Madras plague regulations and rules for the city of Madras
Disease focus: Plague
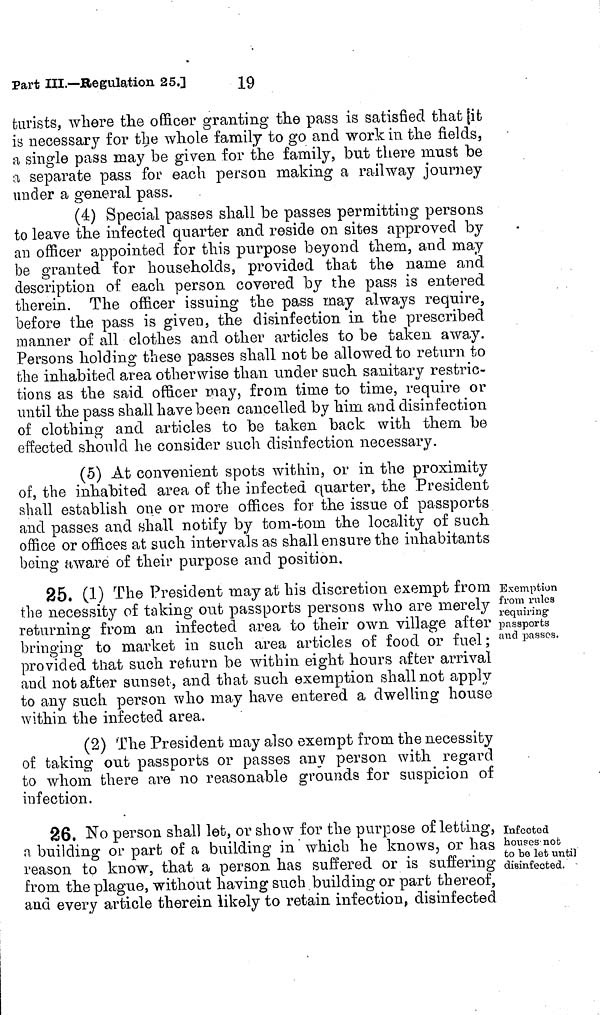
turists, where the officer granting the pass is satisfied that it
is necessary for the whole family to go and work in the fields,
a single pass may be given for the family, but there must be
a separate pass for each person making a railway journey
under a general pass.
(4) Special passes shall be passes permitting persons
to leave the infected quarter and reside on sites approved by
an officer appointed for this purpose beyond them, and may
be granted for households, provided that the name and
description of each person covered by the pass is entered
therein. The officer issuing the pass may always require,
before the pass is given, the disinfection in the prescribed
manner of all clothes and other articles to be taken away.
Persons holding these passes shall not be allowed to return to
the inhabited area otherwise than under such sanitary restric-
tions as the said officer may, from time to time, require or
until the pass shall have been cancelled by him and disinfection
of clothing and articles to be taken back with them, be
effected should he consider such disinfection necessary.
(5) At convenient spots within, or in the proximity
of, the inhabited area of the infected quarter, the President
shall establish one or more offices for the issue of passports
and passes and shall notify by tom-tom the locality of such
office or offices at such intervals as shall ensure the inhabitants
being aware of their purpose and position.
Exemption
from rules
requiring
passports
and passes.
25. (1) The President may at his discretion exempt from
the necessity of taking out passports persons who are merely
returning from an infected area to their own village after
bringing to market in such area articles of food or fuel;
provided that such return be within eight hours after arrival
and not after sunset, and that such exemption shall not apply
to any such person who may have entered a dwelling house
within the infected area.
(2) The President may also exempt from the necessity
of taking out passports or passes any person with regard
to whom there are no reasonable grounds for suspicion of
infection.
Infected
houses not
to be let until
disinfected.
26. No person shall let, or show for the purpose of letting,
a building or part of a building in which he knows, or has
reason to know, that a person has suffered or is suffering
from, the plague, without having such building or part thereof,
and every article therein likely to retain infection, disinfected